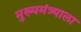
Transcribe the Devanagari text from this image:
मुख्यमंत्र्याला